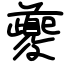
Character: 夔